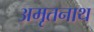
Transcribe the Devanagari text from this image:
अमृतनाथ